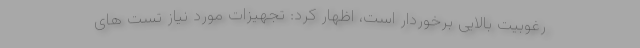
رغوبیت بالایی برخوردار است، اظهار کرد: تجهیزات مورد نیاز تست های